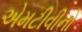
એમટીવીનો